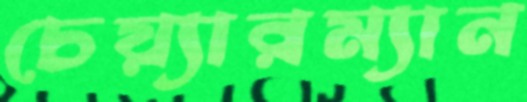
চেয়্যারম্যান